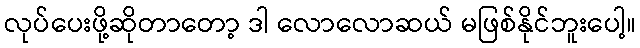
လုပ်ပေးဖို့ဆိုတာတော့ ဒါ လောလောဆယ် မဖြစ်နိုင်ဘူးပေါ့။